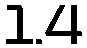
1.4